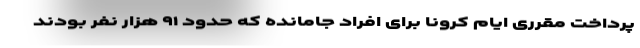
پرداخت مقرری ایام کرونا برای افراد جامانده که حدود ۹۱ هزار نفر بودند